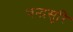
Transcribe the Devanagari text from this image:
चन्द्रसूरि